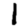
Digit: 1